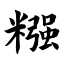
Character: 糨